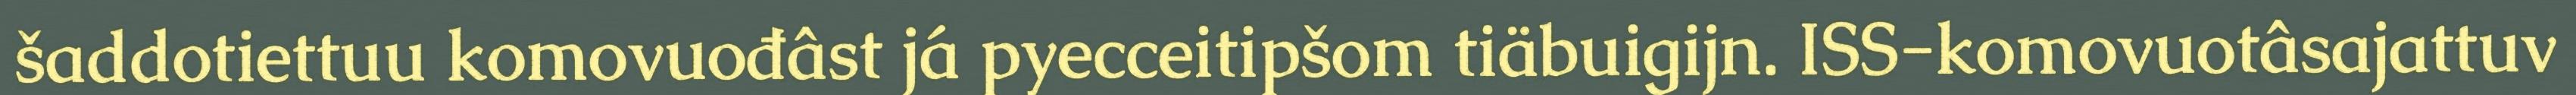
šaddotiettuu komovuođâst já pyecceitipšom tiäbuigijn. ISS-komovuotâsajattuv